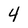
Character: 4